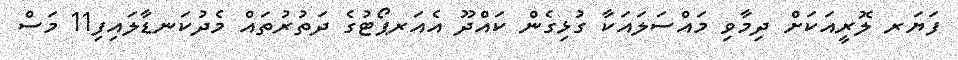
ފަޔަރ ލޮރީއަކަށް ދިމާވި މައްސަލައަކާ ގުޅިގެން ކައްދޫ އެއަރޕޯޓުގެ ދަތުރުތައް މެދުކަނޑާލައިފި11 މަސް